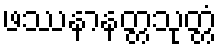
ဖဿနာနတ္တသုတ္တံ